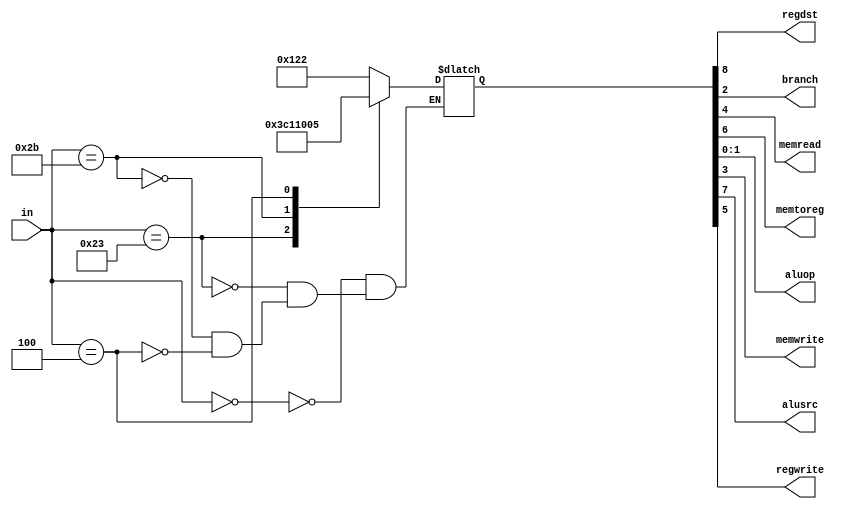
module primarycontrol (in, regdst, branch, memread, memtoreg, aluop, memwrite, alusrc, regwrite);

input [5:0]in;

output regdst, branch, memread, memtoreg, memwrite, alusrc, regwrite;

output [1:0]aluop;

reg [8:0]state;

always @ (*) begin

	case (in)
		6'b000000: //R-format
			state <= {9'b100100010};
		6'b100011: //lw
			state <= {9'b011110000};
		6'b101011: //sw
			state <= {9'b010001000};
		6'b000100: //beq
			state <= {9'b000000101};
	endcase
end

assign aluop = state[1:0];
assign branch = state[2];
assign memwrite = state[3];
assign memread = state[4];
assign regwrite = state[5];
assign memtoreg = state[6];
assign alusrc = state[7];
assign regdst = state[8];

endmodule